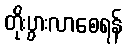
တိုးပွားလာစေရန်